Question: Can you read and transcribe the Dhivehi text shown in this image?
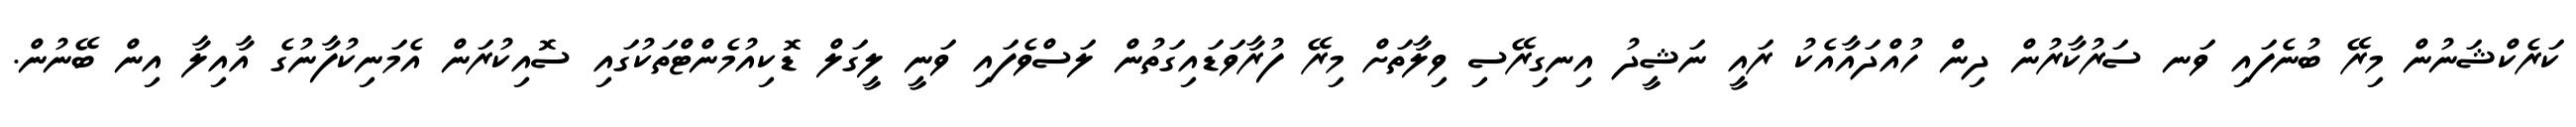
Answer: ކަރެކްޝަނުން މިރޭ ބުނެފައި ވަނ ސަރުކާރުން ދިން ހުއްދައާއެކު ރައީ ނަޝީދު އިނގިރޭސި ވިލާތަށް މިރޭ ފުރާވަޑައިގަތުން ލަސްވެފައި ވަނީ ލީގަލް ޑޮކިއުމެންޓްތަކުގައި ސޮއިކުރަން އެމަނިކުފާނުގެ އާއިލާ އިން ބޭނުން.